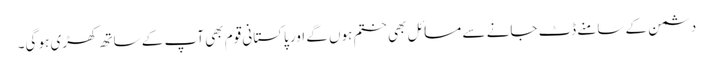
دشمن کے سامنے ڈٹ جانے سے مسائل بھی ختم ہوں گے اور پاکستانی قوم بھی آپ کے ساتھ کھڑی ہو گی۔